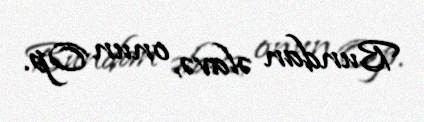
Bundan əlavə, onun Op.